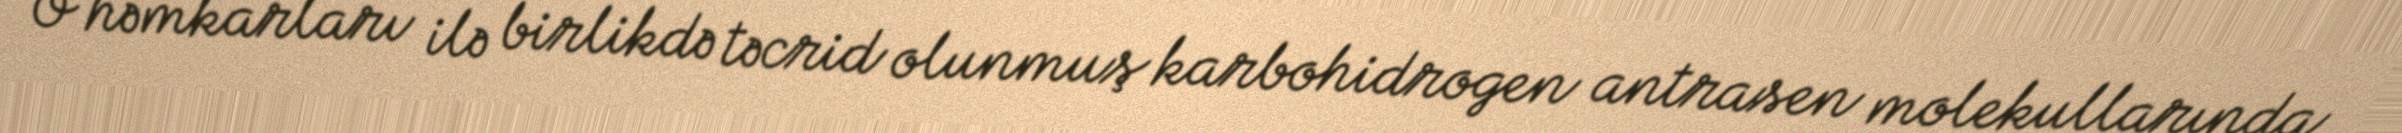
O həmkarları ilə birlikdə təcrid olunmuş karbohidrogen antrasen molekullarında